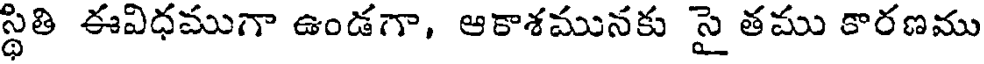
స్థితి ఈవిధముగా ఉండగా, ఆకాశమునకు సై తము కారణము